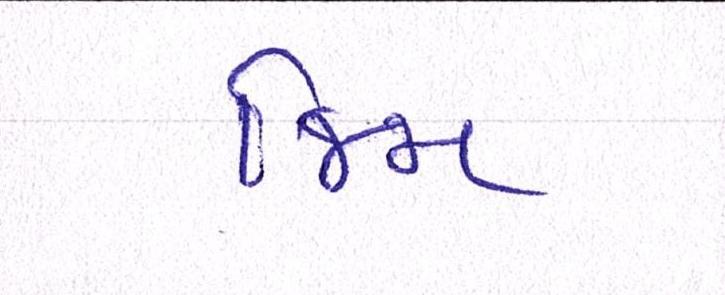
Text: જિમ